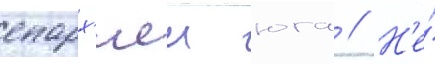
епарх'иеи юга // Н'е́